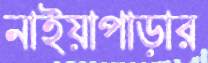
নাইয়াপাড়ার